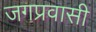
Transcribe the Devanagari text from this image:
जगप्रवासी